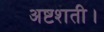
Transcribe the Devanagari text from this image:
अष्टशती।